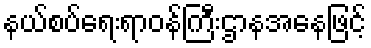
နယ်စပ်ရေးရာဝန်ကြီးဌာနအနေဖြင့်